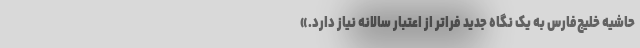
حاشیه خلیج‌فارس به یک نگاه جدید فراتر از اعتبار سالانه نیاز دارد.»